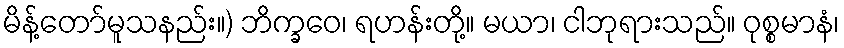
မိန့်တော်မူသနည်း။) ဘိက္ခဝေ၊ ရဟန်းတို့။ မယာ၊ ငါဘုရားသည်။ ဝုစ္စမာနံ၊